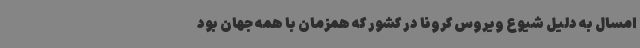
امسال به دلیل شیوع ویروس کرونا در کشور که همزمان با همه جهان بود